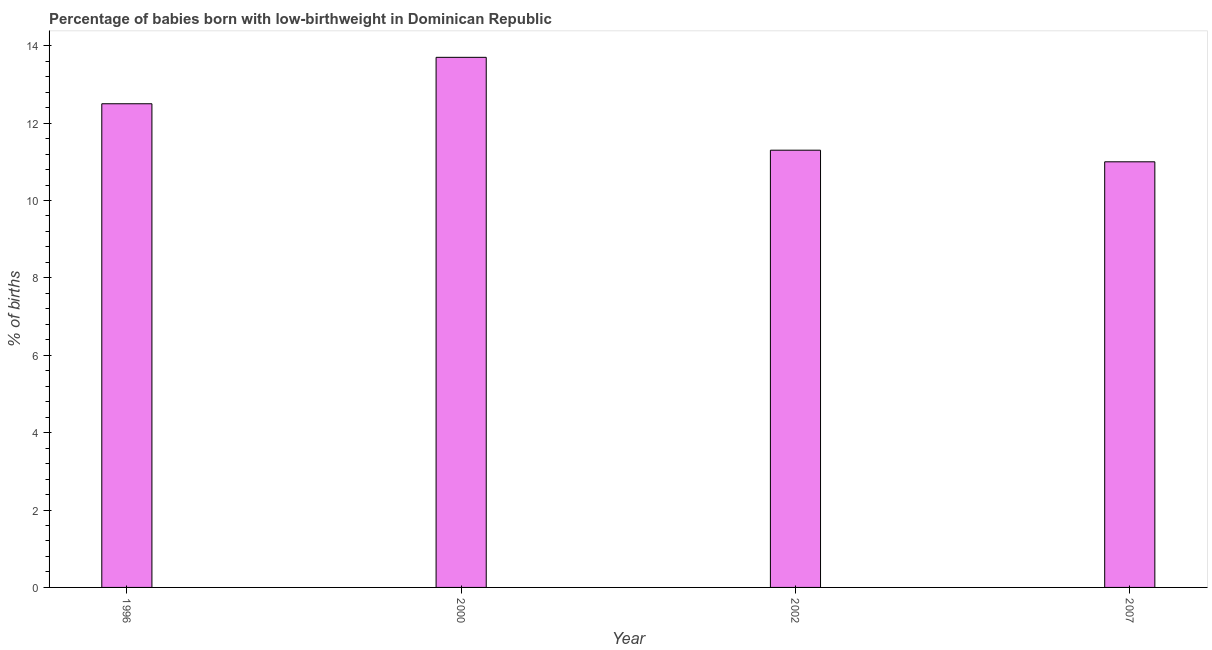
| Year | Low-birthweight babies |
 | --- | --- |
 | 1996 | 12.5 |
 | 2000 | 13.7 |
 | 2002 | 11.3 |
 | 2007 | 11 |